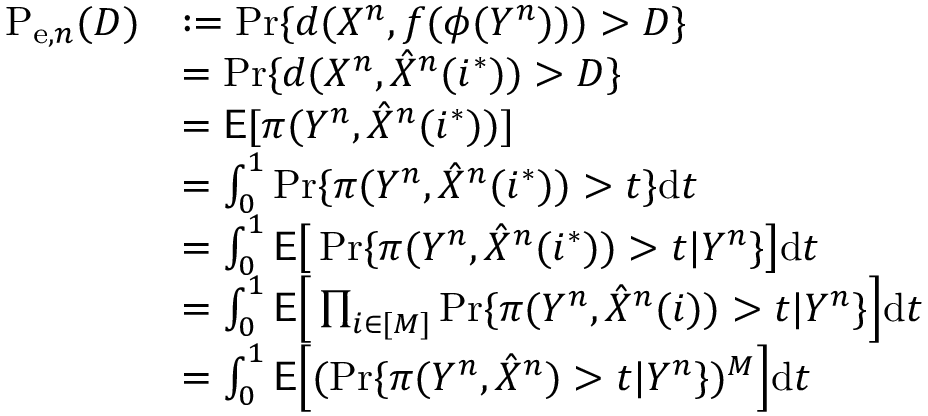
\begin{array} { r l } { \mathrm { P } _ { \mathrm { e } , n } ( D ) } & { : = \operatorname* { P r } \{ d ( X ^ { n } , f ( \phi ( Y ^ { n } ) ) ) > D \} } \\ & { = \operatorname* { P r } \{ d ( X ^ { n } , \hat { X } ^ { n } ( i ^ { * } ) ) > D \} } \\ & { = \mathsf { E } [ \pi ( Y ^ { n } , \hat { X } ^ { n } ( i ^ { * } ) ) ] } \\ & { = \int _ { 0 } ^ { 1 } \operatorname* { P r } \{ \pi ( Y ^ { n } , \hat { X } ^ { n } ( i ^ { * } ) ) > t \} \mathrm { d } t } \\ & { = \int _ { 0 } ^ { 1 } \mathsf { E } \big [ \operatorname* { P r } \{ \pi ( Y ^ { n } , \hat { X } ^ { n } ( i ^ { * } ) ) > t | Y ^ { n } \} \big ] \mathrm { d } t } \\ & { = \int _ { 0 } ^ { 1 } \mathsf { E } \Big [ \prod _ { i \in [ M ] } \operatorname* { P r } \{ \pi ( Y ^ { n } , \hat { X } ^ { n } ( i ) ) > t | Y ^ { n } \} \Big ] \mathrm { d } t } \\ & { = \int _ { 0 } ^ { 1 } \mathsf { E } \Big [ ( \operatorname* { P r } \{ \pi ( Y ^ { n } , \hat { X } ^ { n } ) > t | Y ^ { n } \} ) ^ { M } \Big ] \mathrm { d } t } \end{array}